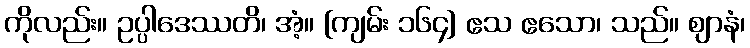
ကိုလည်း။ ဥပ္ပါဒေဿတိ၊ အံ့။ [ကျမ်း ၁၆၄] ဧသ ဧသော၊ သည်။ ဈာနံ၊